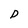
Character: P